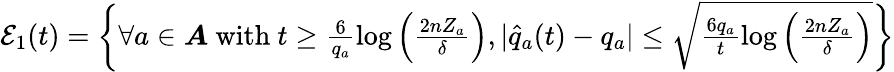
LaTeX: \begin{array}{r}{\mathcal{E}_{1}(t)=\left\{ \forall a\in\boldsymbol{A}\ \mathrm{with}\ t\ge\frac{6}{q_{a}}\log\left(\frac{2nZ_{a}}{\delta}\right),|\hat{q}_{a}(t)-q_{a}|\le\sqrt{\frac{6q_{a}}{t}\log\left(\frac{2nZ_{a}}{\delta}\right)}\right\} }\end{array}